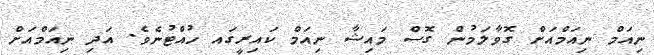
ނިއަމް ނިއަމްއަށް ގޮވާލަމުން ގޮސް މައިޝާ ނިއަމް ކައިރީގައ ހުއްޓުނެވެ. އަދި ނިއަމްއަށް